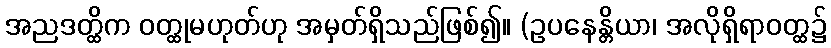
အညဒတ္ထိက ဝတ္ထုမဟုတ်ဟု အမှတ်ရှိသည်ဖြစ်၍။ (ဥပနေန္တိယာ၊ အလိုရှိရာဝတ္ထ၌